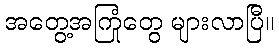
အတွေ့အကြုံတွေ များလာပြီ။